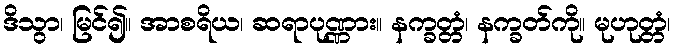
ဒိသွာ၊ မြင်၍။ အာစရိယ၊ ဆရာပုဏ္ဏား။ နက္ခတ္တံ၊ နက္ခတ်ကို။ မုဟုတ္တံ၊